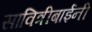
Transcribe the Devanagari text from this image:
सावित्रीबाईनी